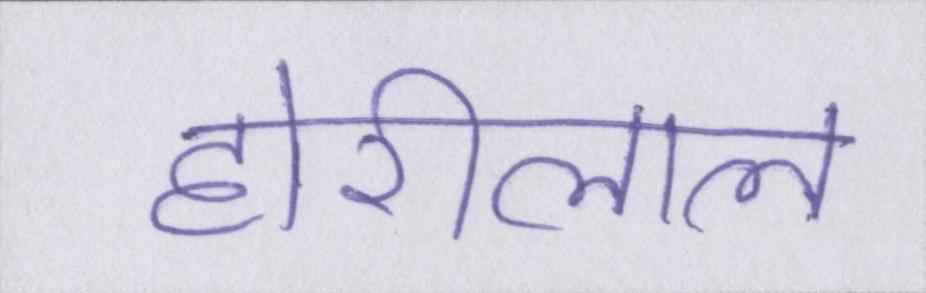
होरीलाल